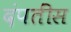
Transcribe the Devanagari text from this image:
दंपतींस